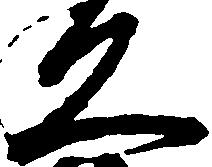
久